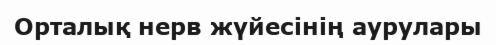
Орталық нерв жүйесінің аурулары